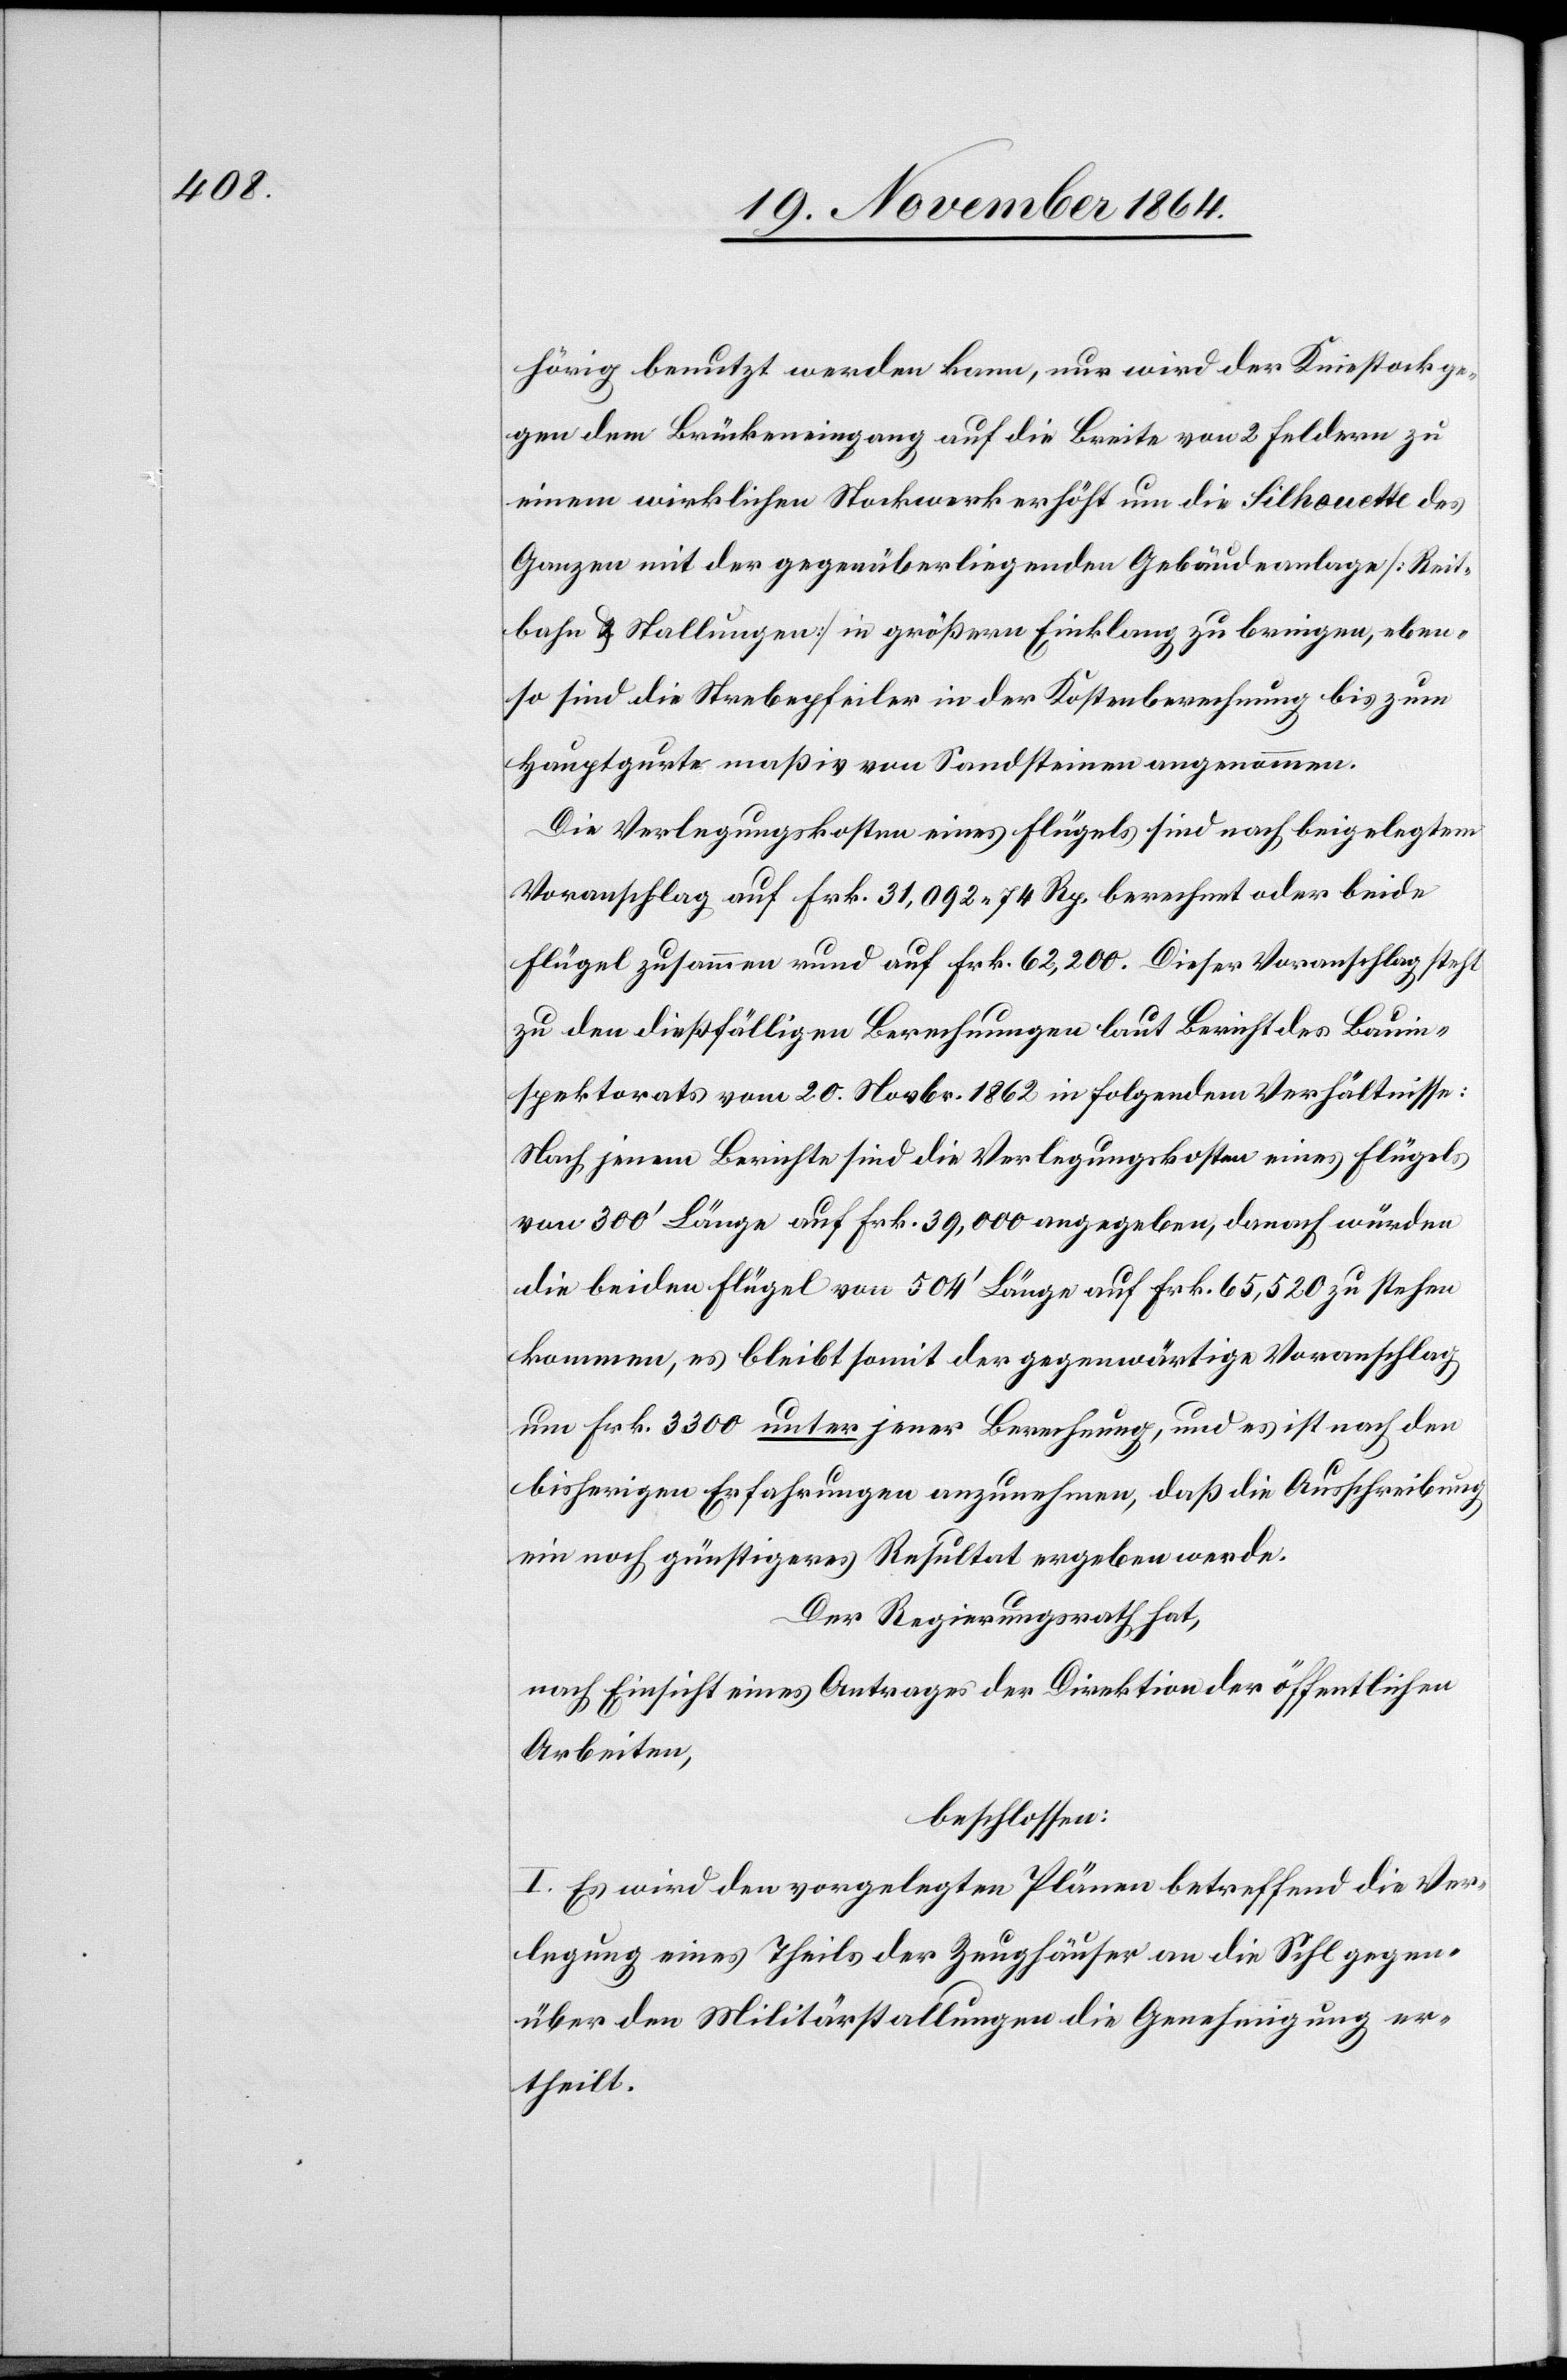
hörig benutzt werden kann, nur wird der Kniestock ge¬
gen dem Brückeneingang auf die Breite von 2 Feldern zu
einem wirklichen Stockwerk erhöht um die Silhouette des
Ganzen mit der gegenüberliegenden Gebäudeanlage [Reit¬
bahn & Stallungen] in größern Einklang zu bringen, eben¬
so sind die Strebepfeiler in der Kostenberechnung bis zum
Hauptgurte maßiv von Sandsteinen angenommen.
Die Verlegungskosten eines Flügels sind nach beigelegtem
Voranschlag auf Frk. 31,092.74 Rp. berechnet oder beide
Flügel zusammen rund auf Frk. 62,200. Dieser Voranschlag steht
zu den dießfälligen Berechnungen laut Bericht des Bauin¬
spektorats vom 20. Novbr. 1862 in folgendem Verhältnisse:
Nach jenem Berichte sind die Verlegungskosten eines Flügels
von 300’ Länge auf Frk. 39,000 angegeben, danach würden
die beiden Flügel von 504’ Länge auf Frk. 65,520 zu stehen
kommen, es bleibt somit der gegenwärtige Voranschlag
um Frk. 3300 unter jener Berechnung, und es ist nach den
bisherigen Erfahrungen anzunehmen, daß die Ausschreibung
ein noch günstigeres Resultat ergeben werde.
Der Regierungsrath hat,
nach Einsicht eines Antrages der Direktion der öffentlichen
Arbeiten,
beschlossen:
I. Es wird den vorgelegten Plänen betreffend die Ver¬
legung eines Theils der Zeughäuser an die Sihl gegen¬
über den Militärstallungen die Genehmigung er¬
theilt.